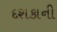
દશકાની